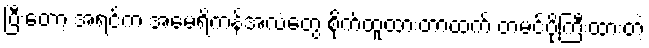
ပြီးတော့ အရင်က အမေရိကန်အလံတွေ စိုက်ထူထားတာထက် တမင်ပိုကြီးထားတဲ့